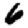
Digit: 6